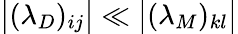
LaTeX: \bigl|(\lambda_{D})_{ij}\bigr|\ll\bigl|(\lambda_{M})_{kl}\bigr|